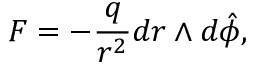
F = - \frac { q } { r ^ { 2 } } d r \wedge d \hat { \phi } ,